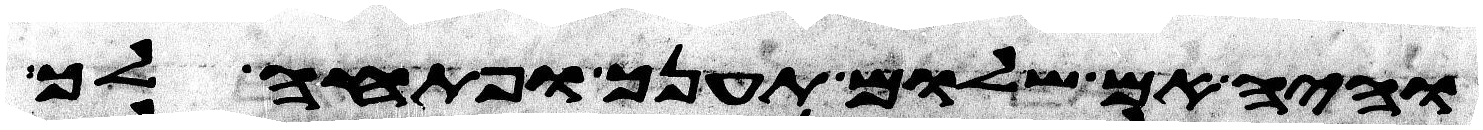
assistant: והיה אם שלום תענך ופתחה לך